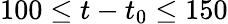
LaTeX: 100\leq t-t_{0}\leq 150